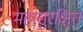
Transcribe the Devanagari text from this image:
महासुरक्षित